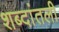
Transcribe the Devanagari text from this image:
शब्दांतली